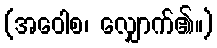
(အဝေါစ၊ လျှောက်၏။)